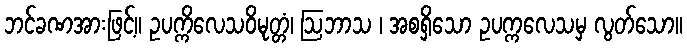
ဘင်ခဏအားဖြင့်။ ဥပက္ကိလေသဝိမုတ္တံ၊ ဩဘာသ ၊ အစရှိသော ဥပက္ကလေသမှ လွတ်သော။